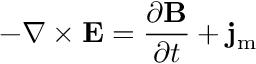
- \nabla \times \mathbf { E } = { \frac { \partial \mathbf { B } } { \partial t } } + \mathbf { j } _ { \mathrm { m } }